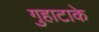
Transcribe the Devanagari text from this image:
गुहाटाके